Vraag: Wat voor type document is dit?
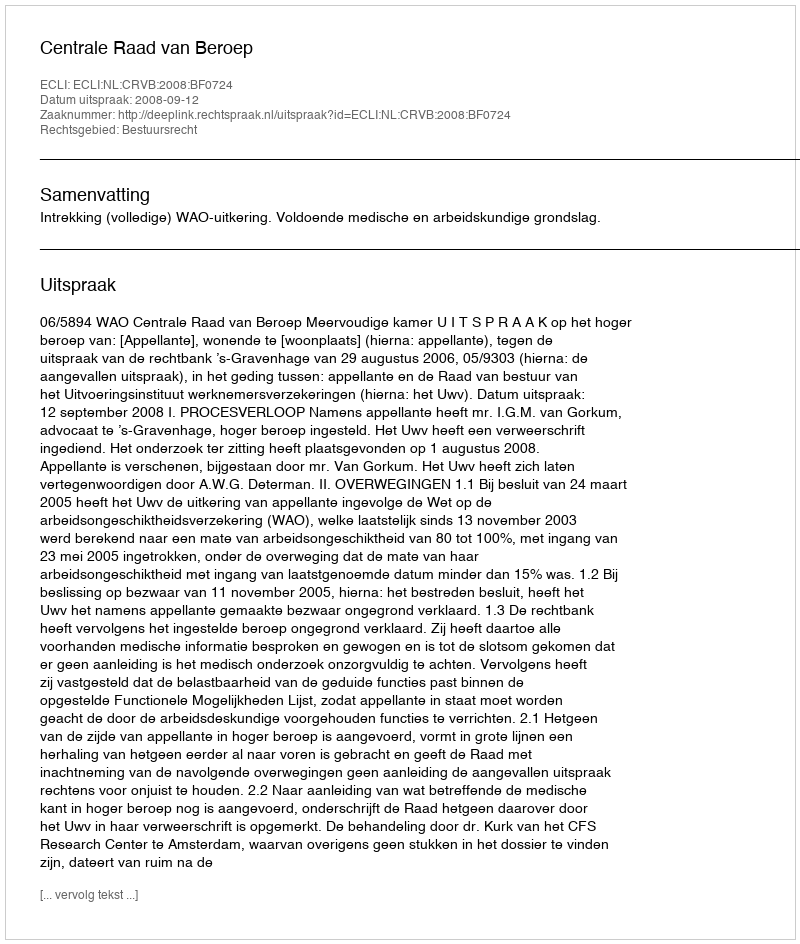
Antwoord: Uitspraak